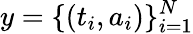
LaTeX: y=\{ (t_{i},a_{i})\} _{i=1}^{N}